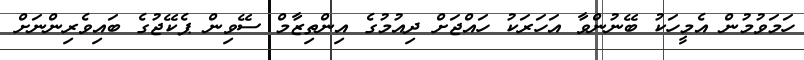
ހަމަވުމުން އެމީހަކު ބޭނުންވާ އަހަރަކު ހައްޖަށް ދިއުމުގެ އިންތިޒާމް ސޭވިން ޕެކޭޖުގެ ބައިވެރިންނަށް